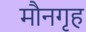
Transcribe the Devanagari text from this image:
मौनगृह